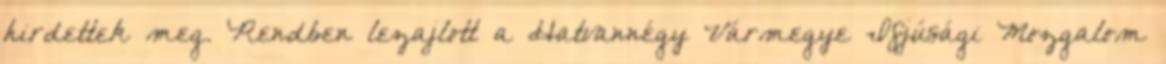
hirdettek meg. Rendben lezajlott a Hatvannégy Vármegye Ifjúsági Mozgalom